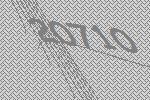
20710